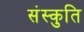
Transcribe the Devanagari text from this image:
संस्कुति